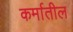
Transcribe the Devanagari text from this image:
कर्मातील